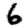
Digit: 6